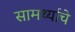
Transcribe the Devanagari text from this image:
सामर्थ्याचे